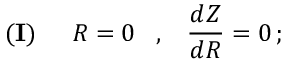
{ \bf { ( I ) } } \; \; \; \; \; R = 0 \; \; \; , \; \; \; \frac { d Z } { d R } = 0 \, ;